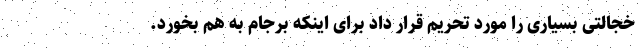
خجالتی بسیاری را مورد تحریم قرار داد برای اینکه برجام به هم بخورد.